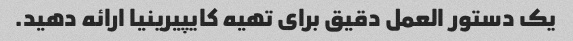
یک دستور العمل دقیق برای تهیه کایپیرینیا ارائه دهید.